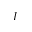
I